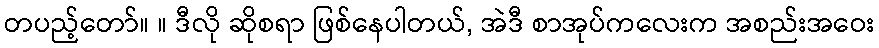
တပည့်တော်။ ။ ဒီလို ဆိုစရာ ဖြစ်နေပါတယ်, အဲဒီ စာအုပ်ကလေးက အစည်းအဝေး